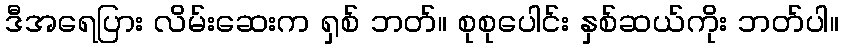
ဒီအရေပြား လိမ်းဆေးက ရှစ် ဘတ်။ စုစုပေါင်း နှစ်ဆယ်ကိုး ဘတ်ပါ။